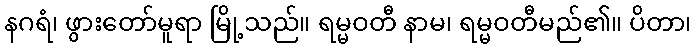
နဂရံ၊ ဖွားတော်မူရာ မြို့သည်။ ရမ္မဝတီ နာမ၊ ရမ္မဝတီမည်၏။ ပိတာ၊